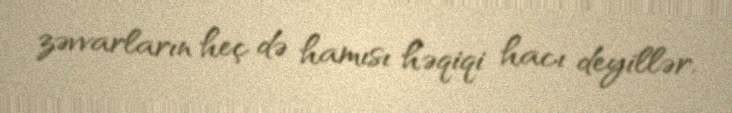
zəvvarların heç də hamısı həqiqi hacı deyillər.